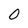
Character: 0